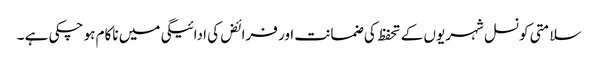
سلامتی کونسل شہریوں کے تحفظ کی ضمانت اور فرائض کی ادائیگی میں ناکام ہو چکی ہے ۔